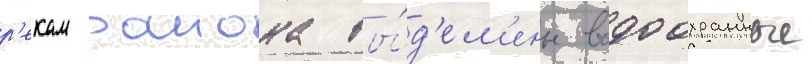
р'екам раиона вы́д'ел'ены водоохранные